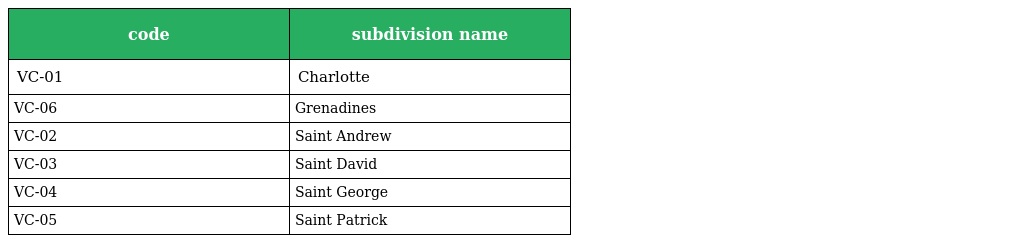
| code | subdivision name |
 | --- | --- |
 | VC-01 | Charlotte |
 | VC-06 | Grenadines |
 | VC-02 | Saint Andrew |
 | VC-03 | Saint David |
 | VC-04 | Saint George |
 | VC-05 | Saint Patrick |